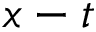
x - t